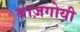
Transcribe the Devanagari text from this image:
बाज़गोयी